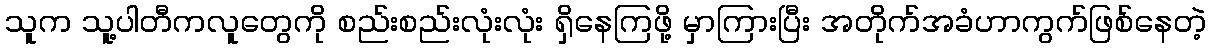
သူက သူ့ပါတီကလူတွေကို စည်းစည်းလုံးလုံး ရှိနေကြဖို့ မှာကြားပြီး အတိုက်အခံဟာကွက်ဖြစ်နေတဲ့